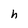
Character: h